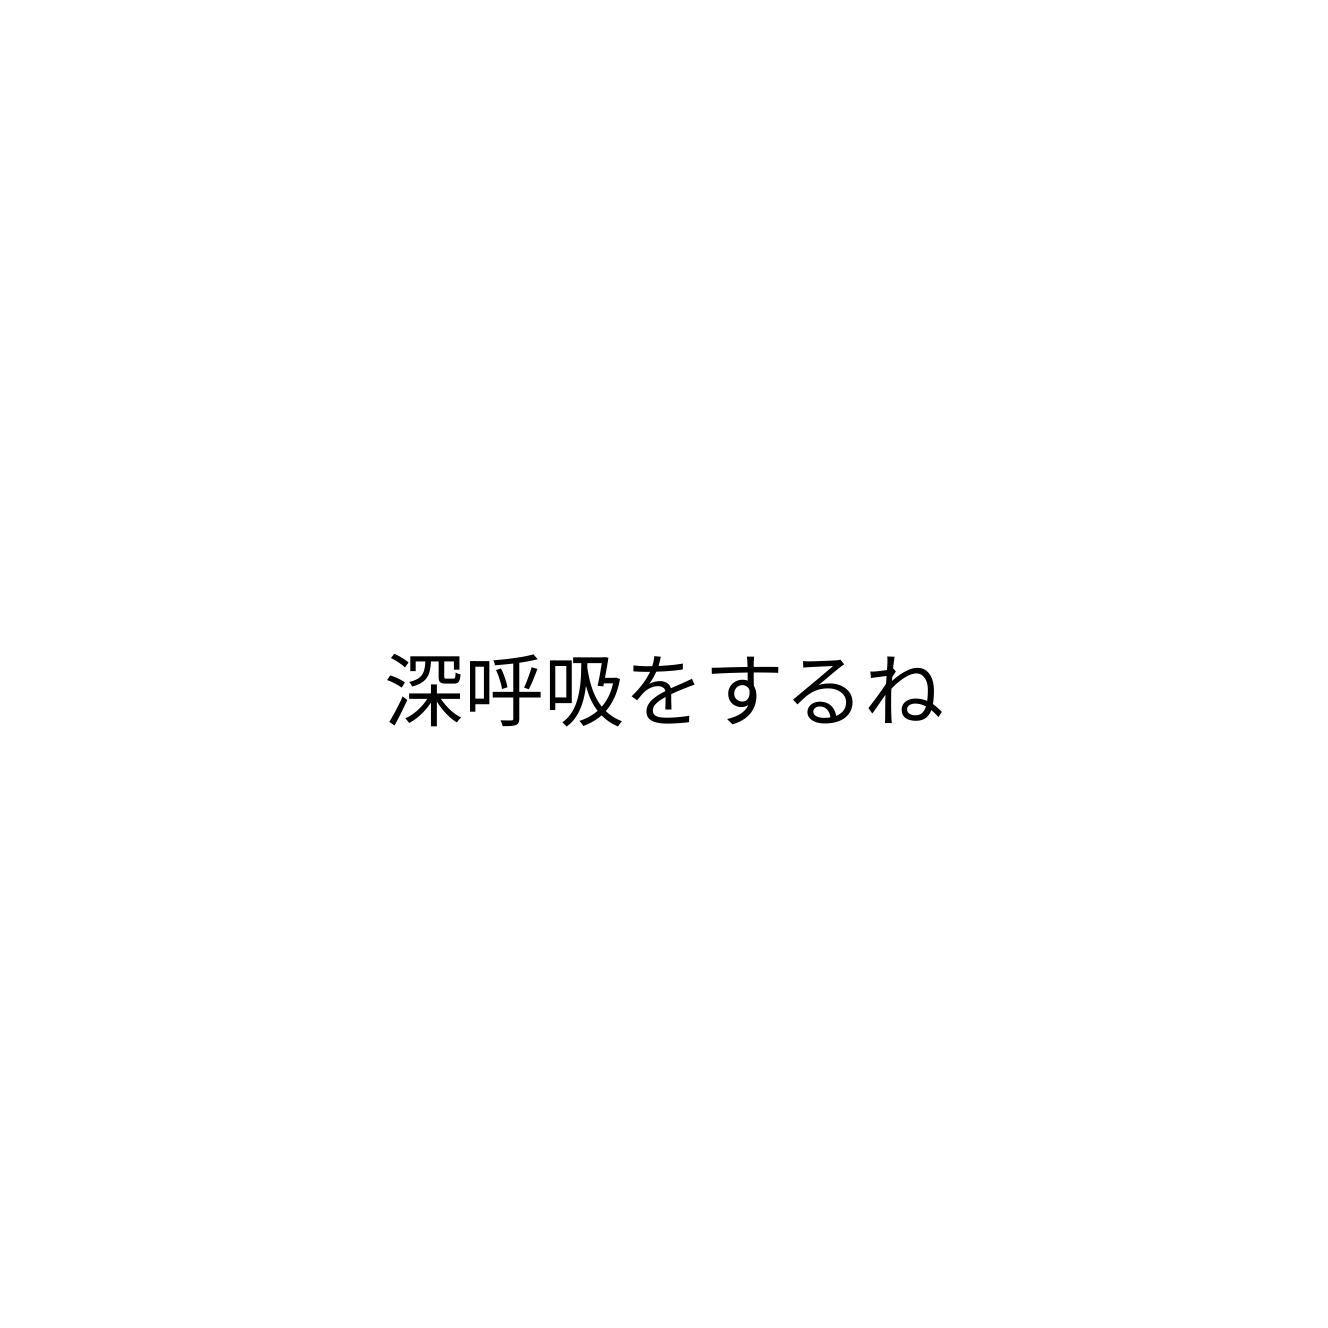
深呼吸をするね